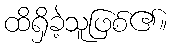
ထိရှိခဲ့သူဖြစ်၏။